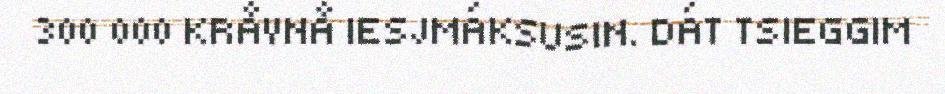
300 000 KRÅVNÅ IESJMÁKSUSIN. DÁT TSIEGGIM